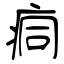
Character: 痌